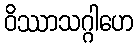
ဝိဿာသဂ္ဂါဟေ